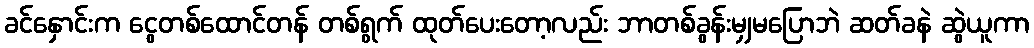
ခင်နှောင်းက ငွေတစ်ထောင်တန် တစ်ရွက် ထုတ်ပေးတော့လည်း ဘာတစ်ခွန်းမျှမပြောဘဲ ဆတ်ခနဲ ဆွဲယူကာ